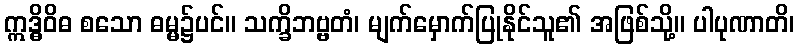
ဣဒ္ဓိဝိဓ စသော ဓမ္မ၌ပင်။ သက္ခိဘဗ္ဗတံ၊ မျက်မှောက်ပြုနိုင်သူ၏ အဖြစ်သို့။ ပါပုဏာတိ၊